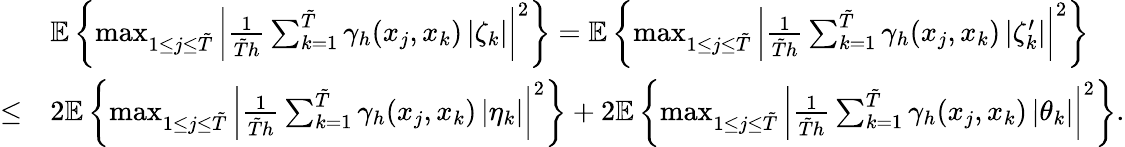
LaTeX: \begin{array}{rl}&{\mathbb{E}\left\{ \operatorname*{max}_{1\leq j\leq\tilde{T}}\left|\frac{{1}}{\tilde{T}h}\sum_{k=1}^{\tilde{T}}\gamma_{h}(x_{j},x_{k})\left|\zeta_{k}\right|\right|^{2}\right\} =\mathbb{E}\left\{ \operatorname*{max}_{1\leq j\leq\tilde{T}}\left|\frac{{1}}{\tilde{T}h}\sum_{k=1}^{\tilde{T}}\gamma_{h}(x_{j},x_{k})\left|\zeta_{k}^{\prime}\right|\right|^{2}\right\} }\\ {\leq}&{2\mathbb{E}\left\{ \operatorname*{max}_{1\leq j\leq\tilde{T}}\left|\frac{{1}}{\tilde{T}h}\sum_{k=1}^{\tilde{T}}\gamma_{h}(x_{j},x_{k})\left|\eta_{k}\right|\right|^{2}\right\} +2\mathbb{E}\left\{ \operatorname*{max}_{1\leq j\leq\tilde{T}}\left|\frac{{1}}{\tilde{T}h}\sum_{k=1}^{\tilde{T}}\gamma_{h}(x_{j},x_{k})\left|\theta_{k}\right|\right|^{2}\right\} .}\end{array}